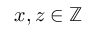
x , z \in \mathbb { Z }